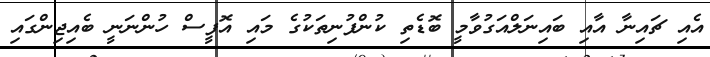
އެއި ޗައިނާ އާއި ބައިނަލްއަގުވާމީ ބޮޑެތި ކުންފުނިތަކުގެ މައި އޮފީސް ހުންނަނީ ބެއިޖިންގައި